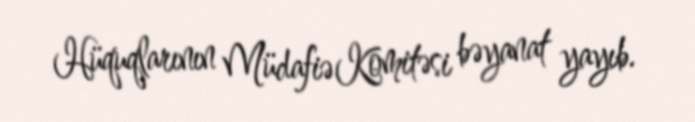
Hüquqlarının Müdafiə Komitəsi bəyanat yayıb.